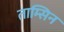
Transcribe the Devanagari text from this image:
ताम्सिन